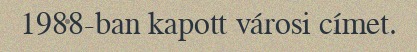
1988-ban kapott városi címet.